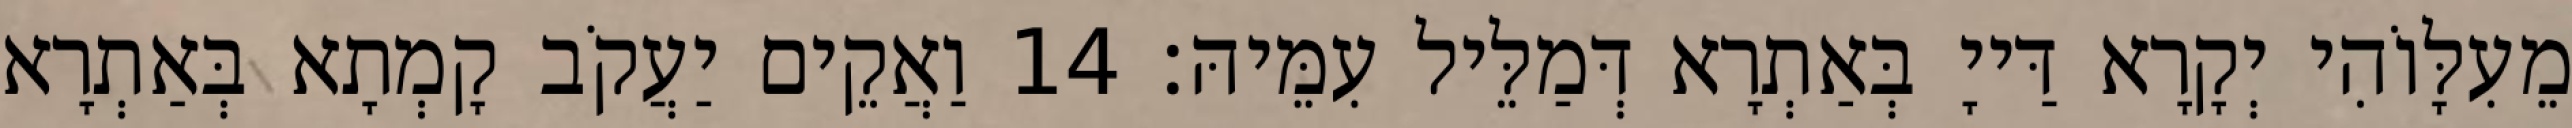
מֵעִלָּוֹהִי יְקָרָא דַּייָ בְּאַתְרָא דְּמַלֵּיל עִמֵּיהּ׃ 14 וַאֲקֵים יַעֲקֹב קָמְתָא בְּאַתְרָא